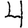
Digit: 4